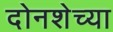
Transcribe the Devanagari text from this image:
दोनशेच्या